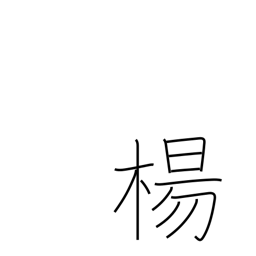
Meaning: willow